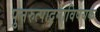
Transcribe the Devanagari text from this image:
पुनरुत्पादनाविषयक